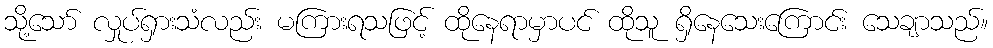
သို့သော် လှုပ်ရှားသံလည်း မကြားရသဖြင့် ထိုနေရာမှာပင် ထိုသူ ရှိနေသေးကြောင်း သေချာသည်။